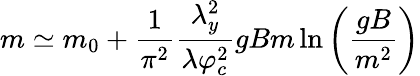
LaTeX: m\simeq m_{0}+\frac{1}{\pi^{2}}\frac{\lambda_{y}^{2}}{\lambda\varphi_{c}^{2}}gBm\ln\left(\frac{gB}{m^{2}}\right)